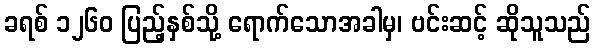
ခရစ် ၁၂၆၀ ပြည့်နှစ်သို့ ရောက်သောအခါမှ၊ ဗင်းဆင့် ဆိုသူသည်